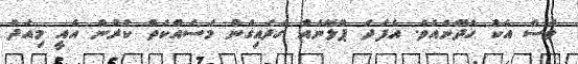
ވެސް އެކު ހެދޭނެއެވެ. އެފަދަ ޕްލޭނެއް ހަދައިގެން މަސައްކަތް ކުރުން އެއީ މިއަދު